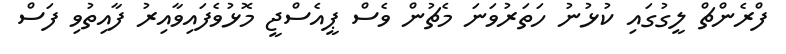
ފްރެންޗް ލީގުގައި ކުޅުނު ހަތަރުވަނަ މެޗުން ވެސް ޕީއެސްޖީ މޮޅުވެފައިވާއިރު ފާއިތުވި ފަސް